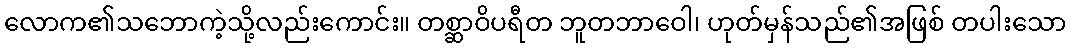
လောက၏သဘောကဲ့သို့လည်းကောင်း။ တစ္ဆာဝိပရီတ ဘူတဘာဝေါ၊ ဟုတ်မှန်သည်၏အဖြစ် တပါးသော